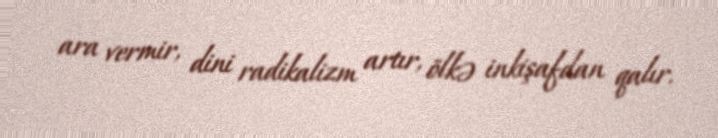
ara vermir, dini radikalizm artır, ölkə inkişafdan qalır.